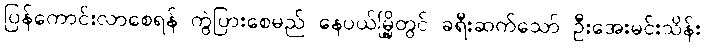
ပြန်ကောင်းလာစေရန် ကွဲပြားစေမည် နေပယ်မြို့တွင် ခရီးဆက်သော် ဦးအေးမင်းသိန်း